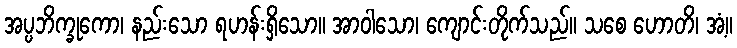
အပ္ပဘိက္ခုကော၊ နည်းသော ရဟန်းရှိသော။ အာဝါသော၊ ကျောင်းတိုက်သည်။ သစေ ဟောတိ၊ အံ့။